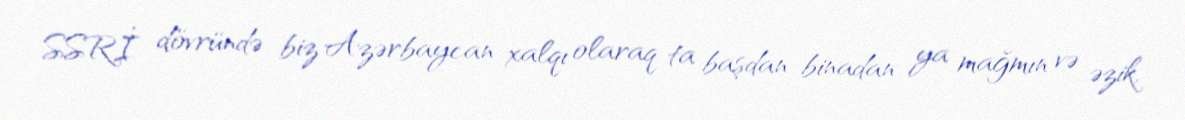
SSRİ dövründə biz Azərbaycan xalqı olaraq ta başdan-binadan ya mağmın və əzik,